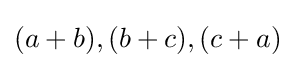
(a+b),(b+c),(c+a)